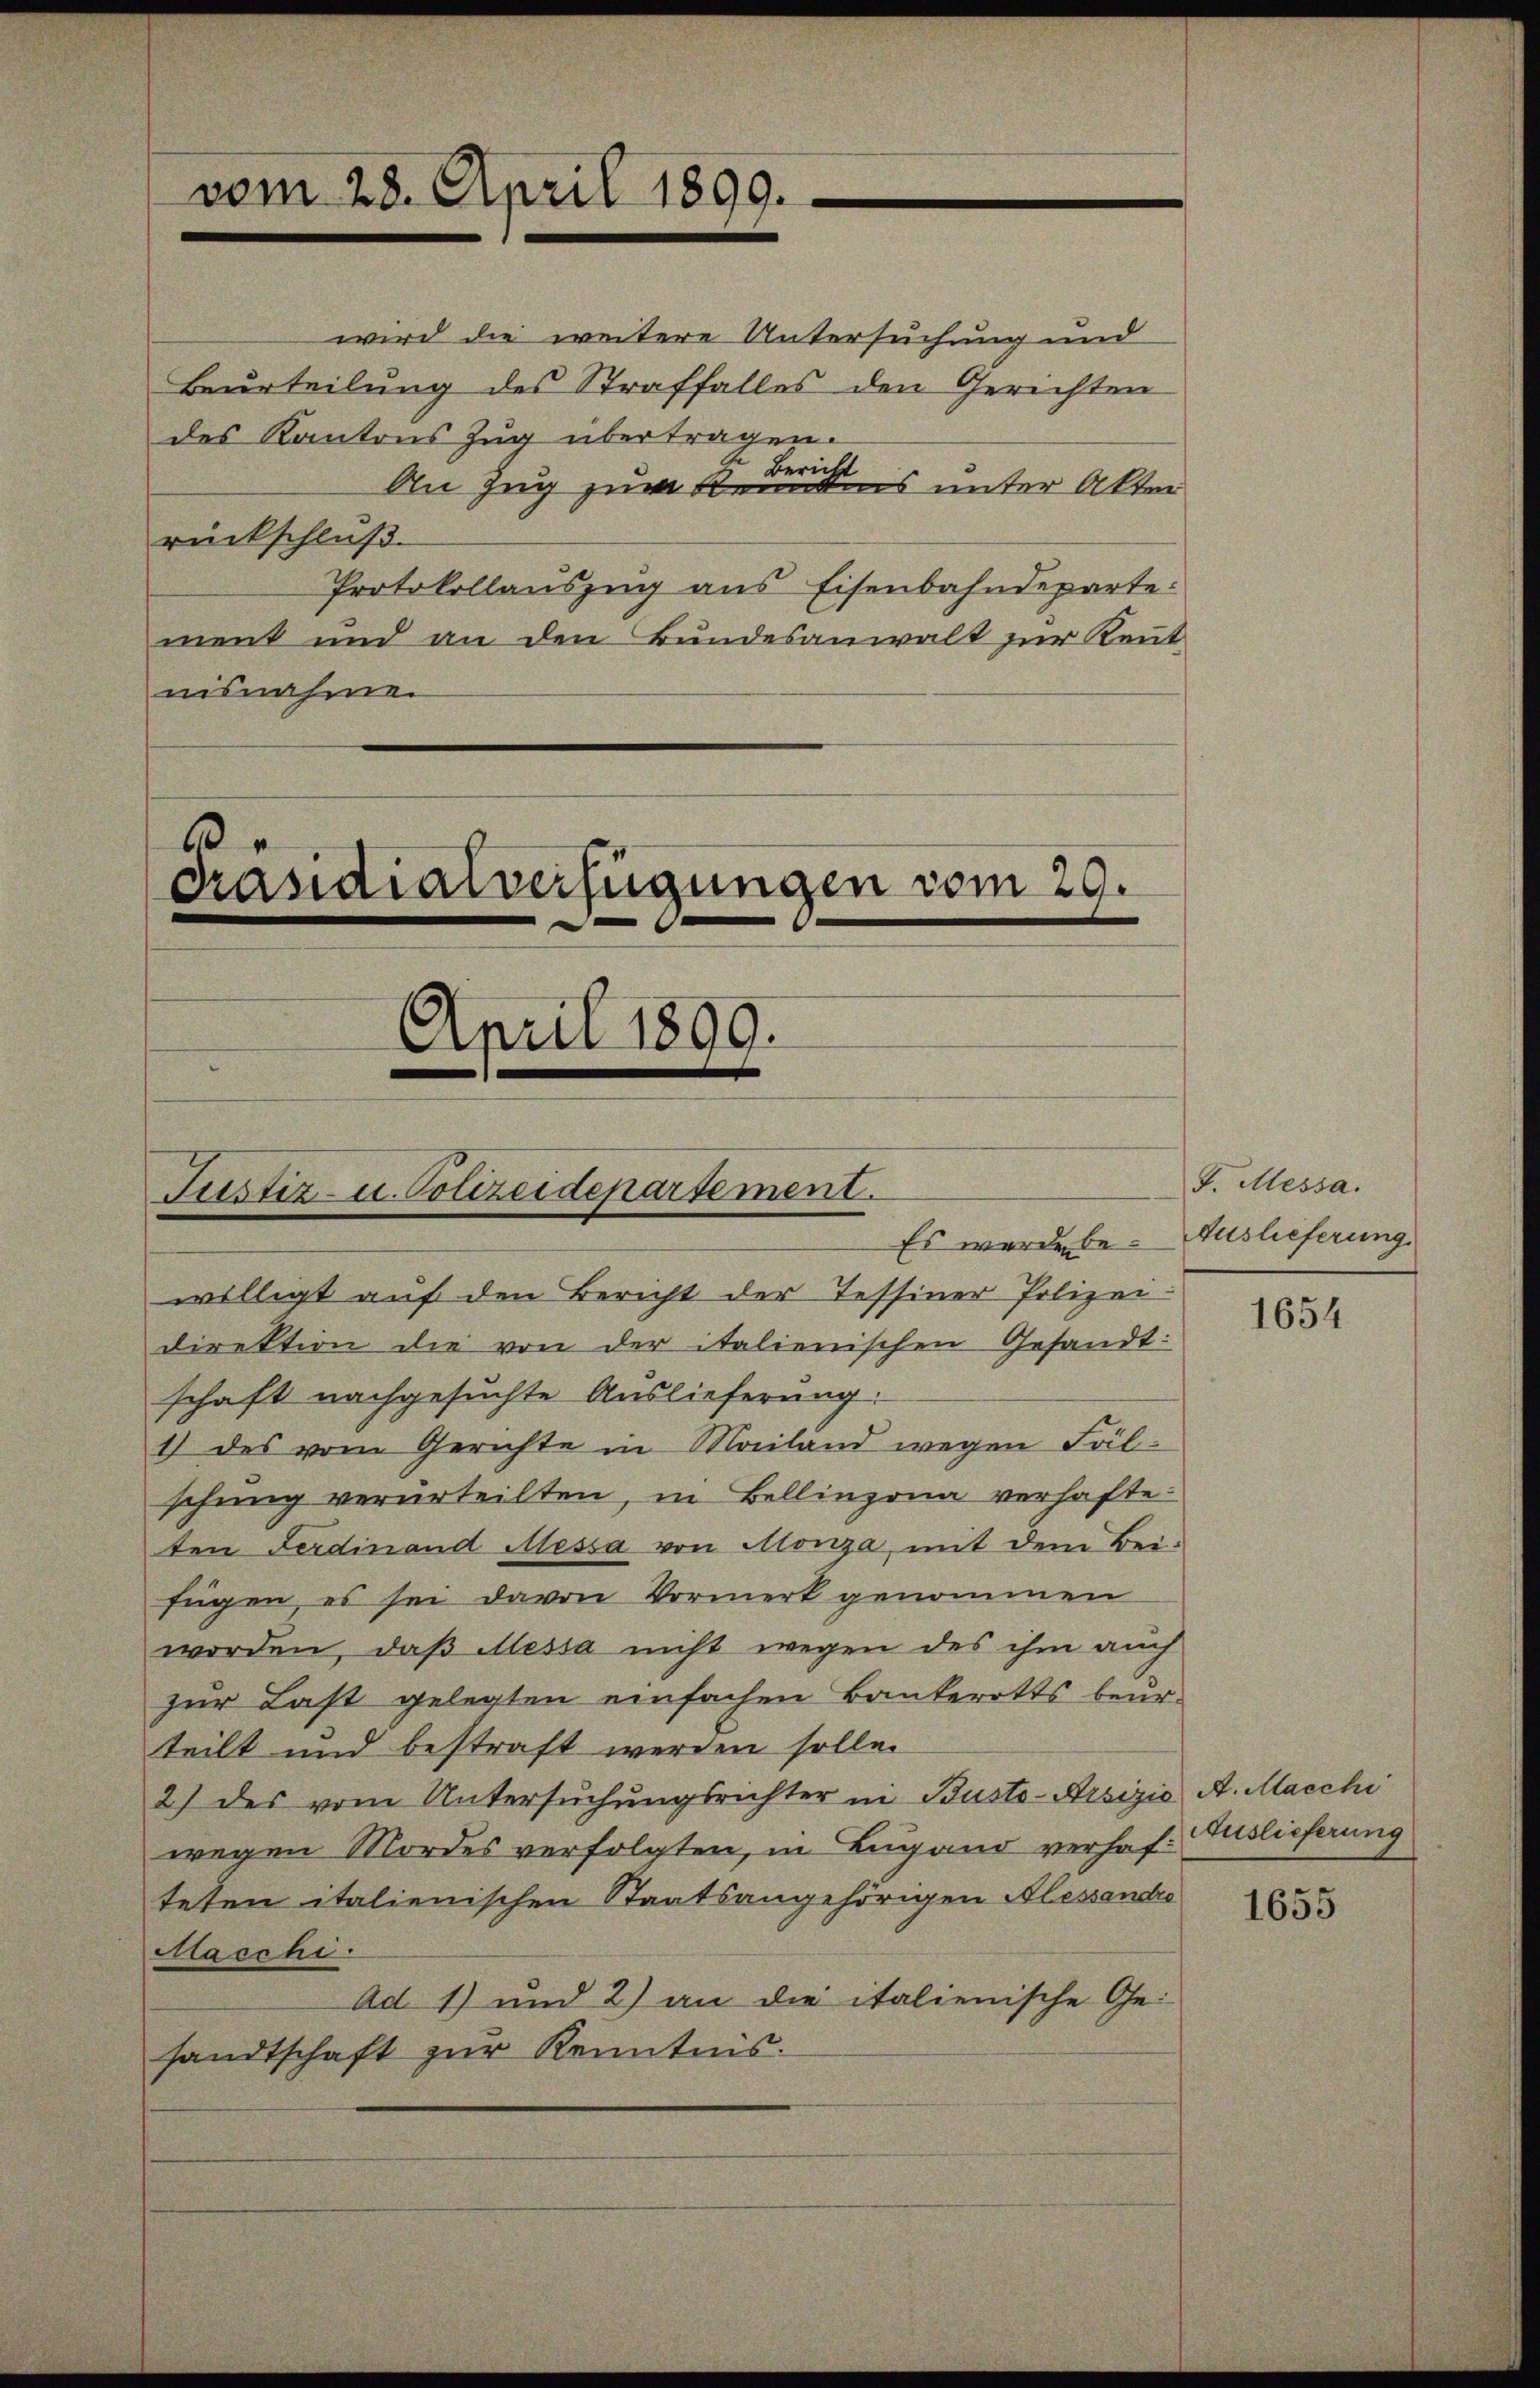
vom 28. April 1890.

6
April 1899.

Präsidialverfügungen vom 29.

Justiz- u. Polizeidepartement.

wird die weitere Untersuchung und
Beurteilung des Straffalles den Gerichten
des Kantons Zug übertragen.
An Zug zum Kreis unter Akten
rückschluß.
Protokollauszug aus Eisenbahndeparte:
ment und an den Bundesanwalt zur Kenntnisnahme.

willigt auf den Bericht der Tessiner Polizei:
direktion die von der italienischen Gesandt:
schaft nachgesuchte Auslieferung.
1) des vom Gerichte in Mailand wegen Fälschung verurteilten, in Bellinzona verhafte
ten Ferdinand Messa von Monza, mit dem Bei-
fügen, es sei davon Vormerk genommen
worden, daß Alessa nicht wegen des ihm auch
zur Last gelegten einfachen Bankerotts beurteilt und bestraft werden solle.
2) des vom Untersuchungsrichter in Busto-Arsizio, A. Macchi
wegen Mordes verfolgten, in Lugand verhafteten italienischen Staatsangehörigen Alessandro
Macchi.
Ad 1) und 2) an die italienische Ge-
sandtschaft zŭr Kenntnis.

Es werde be- Auslieferung.

F. Messa.

1654

Auslieferung

1655